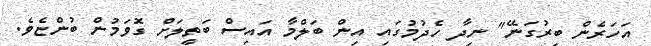
އަހަރެން ބިރުގަނޭ" ނިދާ ހެދުމުގައި އިން ބަލްމާ އައިސް ބަތީލަށް ގޮވަމުން ބުންޏެވެ.